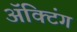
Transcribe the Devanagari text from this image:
अॅक्टिंग